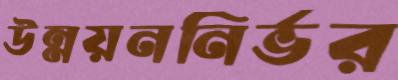
উন্নয়ননির্ভর